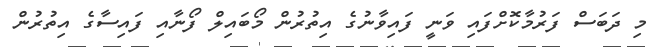
މި ދަބަސް ފަރުމާކޮށްފައި ވަނީ ފައިވާނުގެ އިތުރުން މޯބައިލް ފޯނާއި ފައިސާގެ އިތުރުން